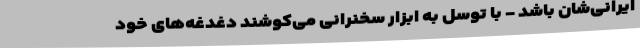
ایرانی‌شان باشد - با توسل به ابزار سخنرانی‌ می‌کوشند دغدغه‌های خود